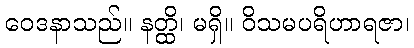
ဝေဒနာသည်။ နတ္ထိ၊ မရှိ။ ဝိသမပရိဟာရဇာ၊